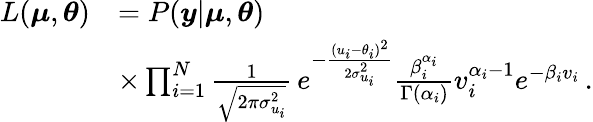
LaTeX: \begin{array}{rl}{L(\boldsymbol{\mu},\boldsymbol{\theta})}&{=P(\boldsymbol{y}|\boldsymbol{\mu},\boldsymbol{\theta})}\\ &{\times\prod_{i=1}^{N}\frac{1}{\sqrt{2\pi\sigma_{u_{i}}^{2}}}\, e^{-\frac{(u_{i}-\theta_{i})^{2}}{2\sigma_{u_{i}}^{2}}}\frac{\beta_{i}^{\alpha_{i}}}{\Gamma(\alpha_{i})}v_{i}^{\alpha_{i}-1}e^{-\beta_{i}v_{i}}\, .}\end{array}